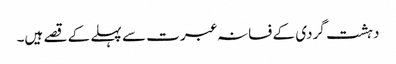
دہشت گردی کے فسانہ عبرت سے پہلے کے قصے ہیں۔